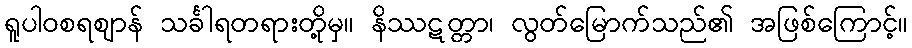
ရူပါဝစရဈာန် သင်္ခါရတရားတို့မှ။ နိဿဋတ္တာ၊ လွတ်မြောက်သည်၏ အဖြစ်ကြောင့်။